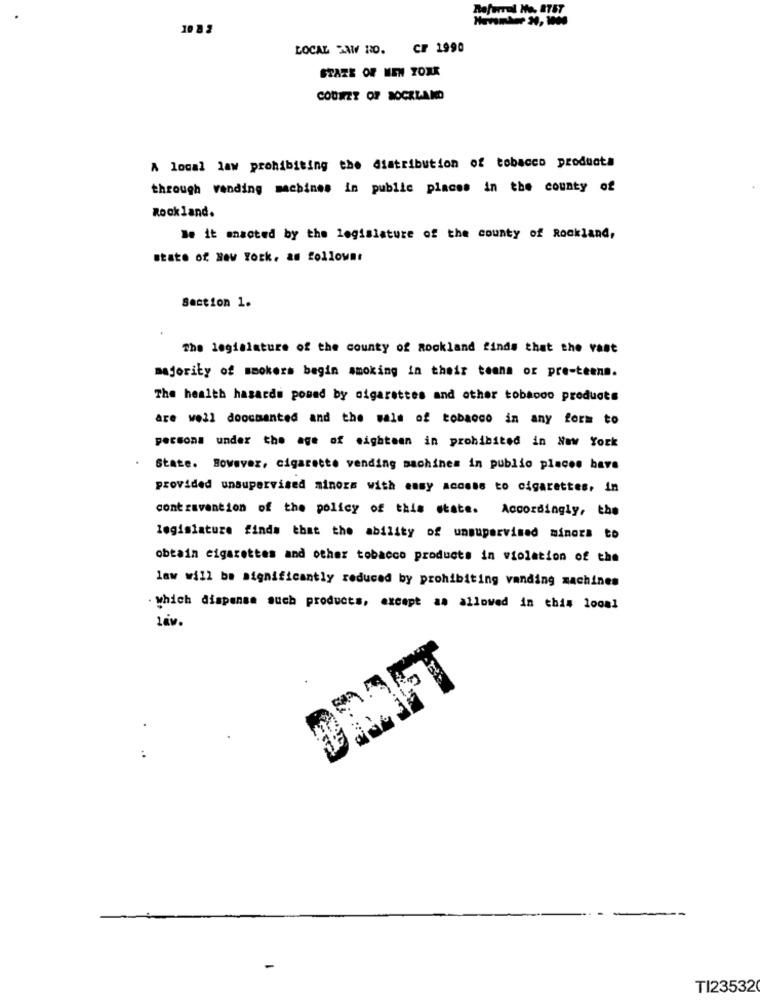
Referral Me. 87ST
10 8 2
LOCAL SAW RO. CF 1990
STARE OF NEW YORK
COUREZ OF ROCKLAND
A local law prohibiting the distribution of tobacco products
through vending machines in public places in the county of
Rockland.
Me it enacted by the legislature of the county of Rockland,
state of New York. as followsr
Section 1.
The legislature of the county of Rockland finds that the vast
majority of smokers begin smoking in their teena or pre-teens.
The health hasards pomed by cigarettes and other tobaooo products
are well documented and the sale of tobacco in any form to
persona under the age of eighteen in prohibited in New York
State. However, cigarette vending machines in public places have
provided unsupervised minors with easy access to cigarettes, in
contravention of the policy of this state. Accordingly, the
legislature finds that the ability of unsupervised minors to
obtain cigarettes and other tobacco products in violation of the
law will be significantly reduced by prohibiting vanding machines
. which dispense such products, except as allowed in this loos!
1av.
-
TI23532